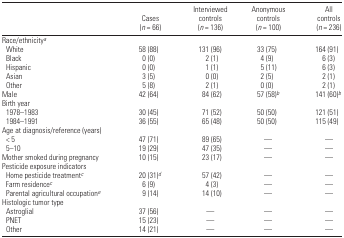
|  | Cases (n = 66) | Interviewed controls (n = 136) | Anonymous controls (n = 100) | All controls (n = 236) |
 | --- | --- | --- | --- | --- |
 | <COLSPAN=5> Race/ethnicitya |
 | White | 58 (88) | 131 (96) | 33 (75) | 164 (91) |
 | Black | 0 (0) | 2 (1) | 4 (9) | 6 (3) |
 | Hispanic | 0 (0) | 1 (1) | 5 (11) | 6 (3) |
 | Asian | 3 (5) | 0 (0) | 2 (5) | 2 (1) |
 | Other | 5 (8) | 2 (1) | 0 (0) | 2 (1) |
 | Male | 42 (64) | 84 (62) | 57 (58)b | 141 (60)b |
 | <COLSPAN=5> Birth year |
 | 1978–1983 | 30 (45) | 71 (52) | 50 (50) | 121 (51) |
 | 1984–1991 | 36 (55) | 65 (48) | 50 (50) | 115 (49) |
 | <COLSPAN=5> Age at diagnosis/reference (years) |
 | < 5 | 47 (71) | 89 (65) | — | — |
 | 5–10 | 19 (29) | 47 (35) | — | — |
 | Mother smoked during pregnancy | 10 (15) | 23 (17) | — | — |
 | <COLSPAN=5> Pesticide exposure indicators |
 | Home pesticide treatmentc | 20 (31)d | 57 (42) | — | — |
 | Farm residencec | 6 (9) | 4 (3) | — | — |
 | Parental agricultural occupatione | 9 (14) | 14 (10) | — | — |
 | <COLSPAN=5> Histologic tumor type |
 | Astroglial | 37 (56) | — | — | — |
 | PNET | 15 (23) | — | — | — |
 | Other | 14 (21) | — | — | — |